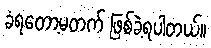
ခံရတော့မတက် ဖြစ်ခဲ့ရပါတယ်။